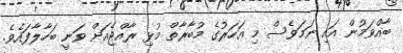
ބާއްވަމުން އައި ނަމަވެސް މި އަހަރުގެ މުބާރާތް މުޅި ރާއްޖެއަށް ވަނީ ބަހާލާފައެވެ.